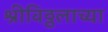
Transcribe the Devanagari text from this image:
श्रीविठ्ठलाच्या